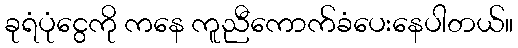
ခုရံပုံငွေကို ကနေ ကူညီကောက်ခံပေးနေပါတယ်။